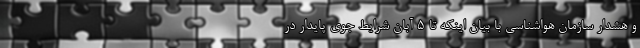
و هشدار سازمان هواشناسی با بیان اینکه تا ۵ آبان شرایط جوی پایدار در